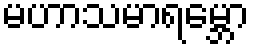
မဟာသမာရမ္ဘော